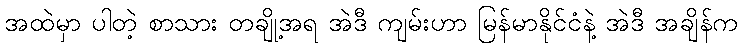
အထဲမှာ ပါတဲ့ စာသား တချို့အရ အဲဒီ ကျမ်းဟာ မြန်မာနိုင်ငံနဲ့ အဲဒီ အချိန်က